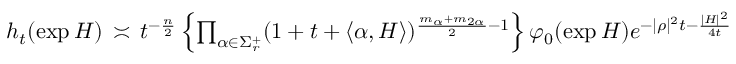
\begin{array} { r } { h _ { t } ( \exp { H } ) \, \asymp \, t ^ { - \frac { n } { 2 } } \, \Big \lbrace { \prod _ { \alpha \in \Sigma _ { r } ^ { + } } ( 1 + t + \langle { \alpha , H } \rangle ) ^ { \frac { m _ { \alpha } + m _ { 2 \alpha } } { 2 } - 1 } } \Big \rbrace \, \varphi _ { 0 } ( \exp { H } ) e ^ { - | \rho | ^ { 2 } t - \frac { | H | ^ { 2 } } { 4 t } } } \end{array}